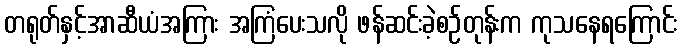
တရုတ်နှင့်အာဆီယံအကြား အကြံပေးသလို ဖန်ဆင်းခဲ့စဉ်တုန်းက ကုသနေရကြောင်း